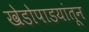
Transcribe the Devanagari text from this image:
खेडोपाडयांतून